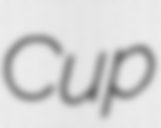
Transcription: Cup